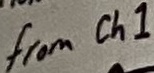
Text: from Ch1